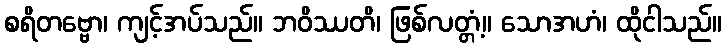
စရိတဗ္ဗော၊ ကျင့်အပ်သည်။ ဘဝိဿတိ၊ ဖြစ်လတ္တံ့။ သောအဟံ၊ ထိုငါသည်။